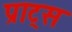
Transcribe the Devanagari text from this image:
प्राट्स